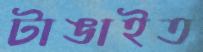
টাঙাইত